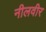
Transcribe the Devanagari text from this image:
नीलवीर